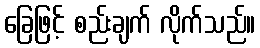
ခြေဖြင့် စည်းချက် လိုက်သည်။